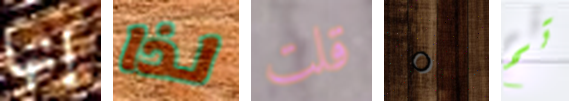
إنها لذا قلت 0 تم